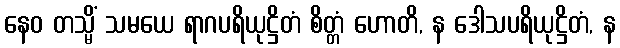
နေဝ တသ္မိံ သမယေ ရာဂပရိယုဋ္ဌိတံ စိတ္တံ ဟောတိ, န ဒေါသပရိယုဋ္ဌိတံ, န